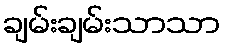
ချမ်းချမ်းသာသာ